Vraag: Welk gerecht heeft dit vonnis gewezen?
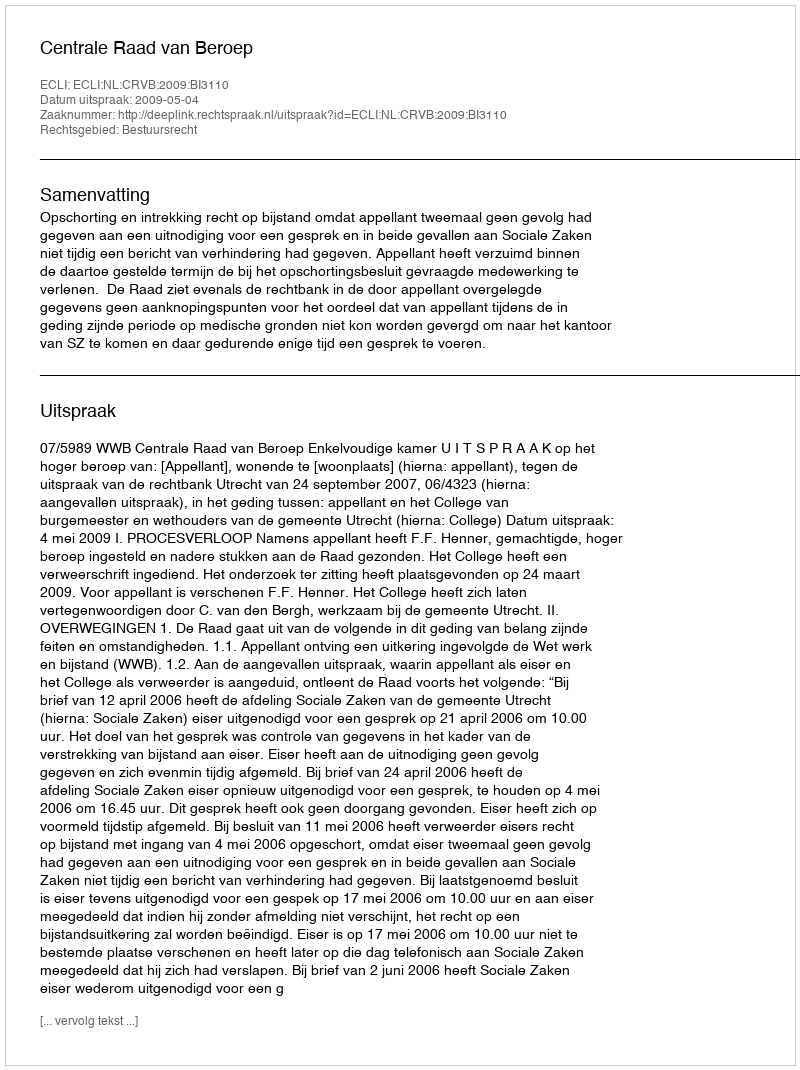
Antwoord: Centrale Raad van Beroep